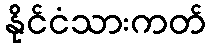
နိုင်ငံသားကတ်